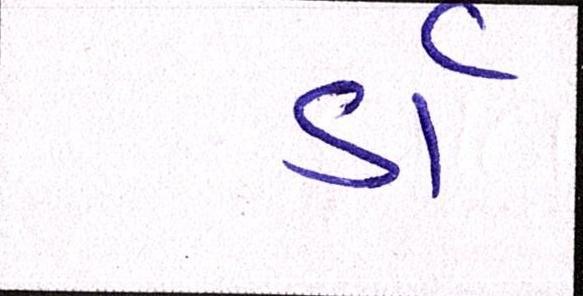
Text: ડૉ